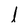
Character: I